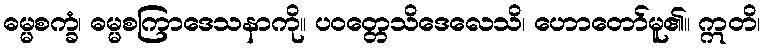
ဓမ္မစက္ခံ၊ ဓမ္မစကြာဒေသနာကို။ ပဝတ္တေသိဒေလေသိ၊ ဟောတော်မူ၏။ ဣတိ၊